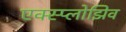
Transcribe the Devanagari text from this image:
एक्स्प्लोझिव